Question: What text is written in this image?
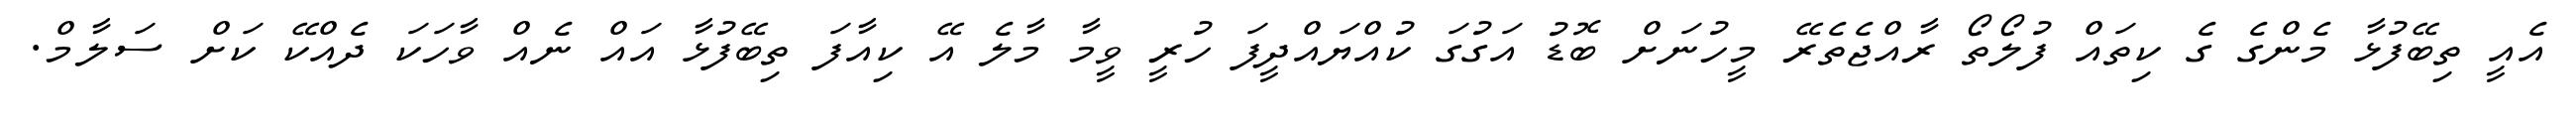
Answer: އެއީ ތިބޭފުޅާ މެންގެ ގެ ކިތައް ފުލޯތޯ ރާއްޖެތެރޭ މީހުނަށް ބޮޑު އަގުގަ ކުއްޔައްދީފަ ހުރީ ވީމާ މާލެ އޭ ކިއާފަ ތިބޭފުޅާ އައް ނެއް ވާހަކަ ދެއްކޭ ކަށް ސަލާމް.